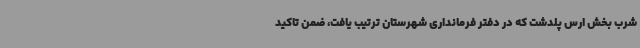
شرب بخش ارس پلدشت که در دفتر فرمانداری شهرستان ترتیب یافت، ضمن تاکید